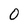
Character: 0